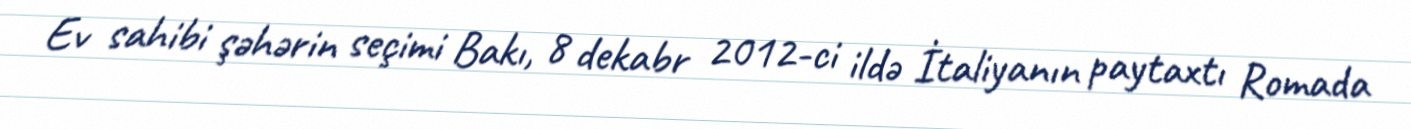
Ev sahibi şəhərin seçimi Bakı, 8 dekabr 2012-ci ildə İtaliyanın paytaxtı Romada